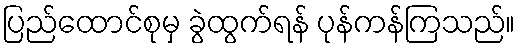
ပြည်ထောင်စုမှ ခွဲထွက်ရန် ပုန်ကန်ကြသည်။